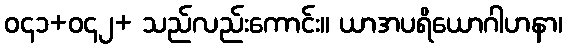
ဝ၄၁+ဝ၄၂+ သည်လည်းကောင်း။ ယာအပရိယောဂါဟနာ၊